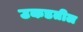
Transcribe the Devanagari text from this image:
उकडतील